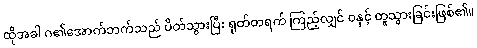
ထိုအခါ ဂ၏အောက်ဘက်သည် ပိတ်သွားပြီး ရုတ်တရက် ကြည့်လျှင် ဝနှင့် တူသွားခြင်းဖြစ်၏။